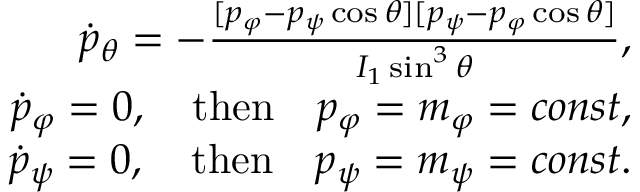
\begin{array} { r } { \dot { p } _ { \theta } = - \frac { [ p _ { \varphi } - p _ { \psi } \cos \theta ] [ p _ { \psi } - p _ { \varphi } \cos \theta ] } { I _ { 1 } \sin ^ { 3 } \theta } , } \\ { \dot { p } _ { \varphi } = 0 , \quad \mathrm { t h e n } \quad p _ { \varphi } = m _ { \varphi } = c o n s t , } \\ { \dot { p } _ { \psi } = 0 , \quad \mathrm { t h e n } \quad p _ { \psi } = m _ { \psi } = c o n s t . } \end{array}